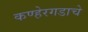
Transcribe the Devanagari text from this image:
कण्हेरगडाचे